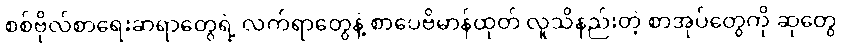
စစ်ဗိုလ်စာရေးဆရာတွေရဲ့ လက်ရာတွေနဲ့ စာပေဗိမာန်ထုတ် လူသိနည်းတဲ့ စာအုပ်တွေကို ဆုတွေ